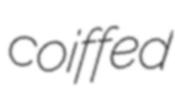
coiffed